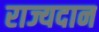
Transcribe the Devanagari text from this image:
राज्यदान